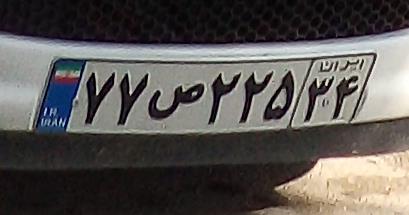
۷۷ص۲۲۵۳۴